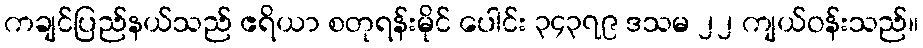
ကချင်ပြည်နယ်သည် ဧရိယာ စတုရန်းမိုင် ပေါင်း ၃၄၃၇၉ ဒသမ ၂၂ ကျယ်ဝန်းသည်။